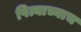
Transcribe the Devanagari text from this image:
पित्याच्याच